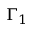
\Gamma _ { 1 }